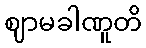
ဈာမခါဏူတိ